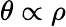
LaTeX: \theta\propto\rho